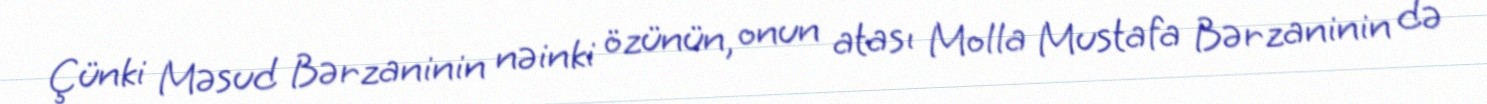
Çünki Məsud Bərzaninin nəinki özünün, onun atası Molla Mustafa Bərzaninin də